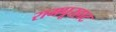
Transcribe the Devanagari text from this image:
रामपूरहाट